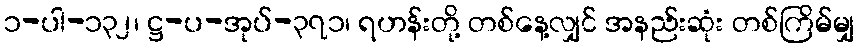
၁-ပါ-၁၃၂၊ ဋ္ဌ-ပ-အုပ်-၃၇၁၊ ရဟန်းတို့ တစ်နေ့လျှင် အနည်းဆုံး တစ်ကြိမ်မျှ